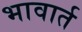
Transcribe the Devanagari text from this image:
भावार्त